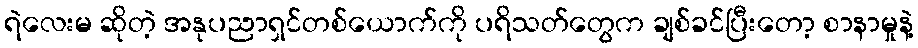
ရဲလေးမ ဆိုတဲ့ အနုပညာရှင်တစ်ယောက်ကို ပရိသတ်တွေက ချစ်ခင်ပြီးတော့ စာနာမှုနဲ့